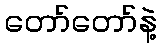
တော်တော်နဲ့